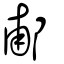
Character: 郙